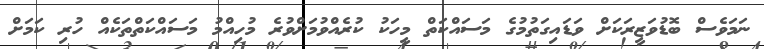
ނަމަވެސް ބޮޑުވަޒީރަކަށް ވަޑައިގަތުމުގެ މަސައްކަތް މީހަކު ކުރެއްވުމަށްވުރެ މުހިއްމު މަސައްކަތްތަކެއް ހުރި ކަމަށް